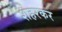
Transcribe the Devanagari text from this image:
शहरकर